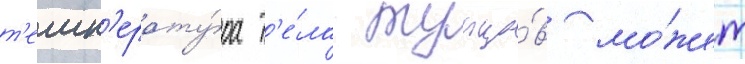
т'емп'ерату́ра т'е́ла тунцо́в мо́жет